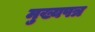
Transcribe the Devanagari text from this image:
मुख्यपत्र